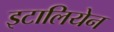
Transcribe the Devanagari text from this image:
इटालियेन